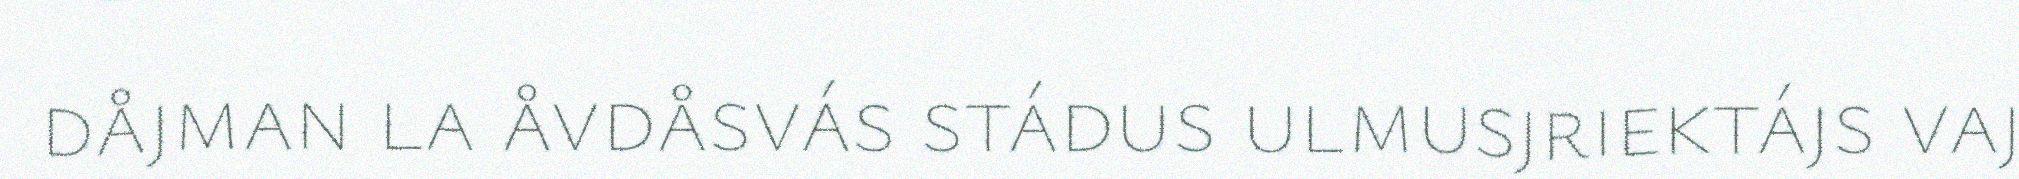
dåjman la åvdåsvás stádus ulmusjriektájs vaj